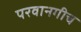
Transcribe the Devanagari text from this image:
परवानगीच